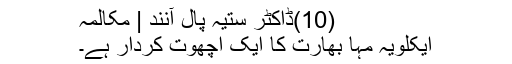
(10)ڈاکٹر ستیہ پال آنند | مکالمہ
ایکلویہ مہا بھارت کا ایک اچھوت کردار ہے۔